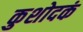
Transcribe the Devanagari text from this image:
कुशोदकं